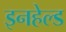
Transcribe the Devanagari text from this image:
इनहेल्ड